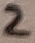
Text: 2